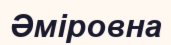
Әміровна